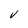
Character: V